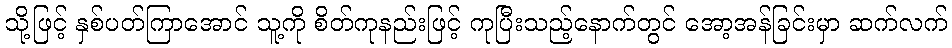
သို့ဖြင့် နှစ်ပတ်ကြာအောင် သူ့ကို စိတ်ကုနည်းဖြင့် ကုပြီးသည့်နောက်တွင် အော့အန်ခြင်းမှာ ဆက်လက်